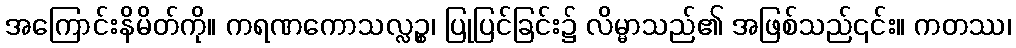
အကြောင်းနိမိတ်ကို။ ကရဏကောသလ္လဉ္စ၊ ပြုပြင်ခြင်း၌ လိမ္မာသည်၏ အဖြစ်သည်၎င်း။ ကတဿ၊